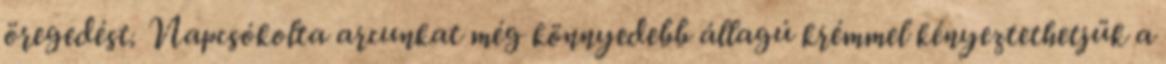
öregedést. Napcsókolta arcunkat még könnyedebb állagú krémmel kényeztethetjük a